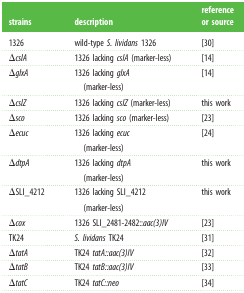
<table><thead><tr><td><b>strains</b></td><td><b>description</b></td><td><b>reference or source</b></td></tr></thead><tbody><tr><td>1326</td><td>wild-type <i>S. lividans</i> 1326</td><td>[30]</td></tr><tr><td>Δ<i>cslA</i></td><td>1326 lacking <i>cslA</i> (marker-less)</td><td>[14]</td></tr><tr><td>Δ<i>glxA</i></td><td>1326 lacking <i>glxA</i> (marker-less)</td><td>[14]</td></tr><tr><td>Δ<i>cslZ</i></td><td>1326 lacking <i>cslZ</i> (marker-less)</td><td>this work</td></tr><tr><td>Δ<i>sco</i></td><td>1326 lacking <i>sco</i> (marker-less)</td><td>[23]</td></tr><tr><td>Δ<i>ecuc</i></td><td>1326 lacking <i>ecuc</i> (marker-less)</td><td>[24]</td></tr><tr><td>Δ<i>dtpA</i></td><td>1326 lacking <i>dtpA</i> (marker-less)</td><td>this work</td></tr><tr><td>ΔSLI_4212</td><td>1326 lacking SLI_4212 (marker-less)</td><td>this work</td></tr><tr><td>Δ<i>cox</i></td><td>1326 SLI_2481-2482::<i>aac(3)IV</i></td><td>[23]</td></tr><tr><td>TK24</td><td><i>S. lividans</i> TK24</td><td>[31]</td></tr><tr><td>Δ<i>tatA</i></td><td>TK24 <i>tatA::aac(3)IV</i></td><td>[32]</td></tr><tr><td>Δ<i>tatB</i></td><td>TK24 <i>tatB::aac(3)IV</i></td><td>[33]</td></tr><tr><td>Δ<i>tatC</i></td><td>TK24 <i>tatC::neo</i></td><td>[34]</td></tr></tbody></table>